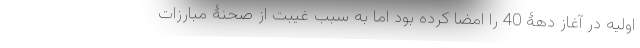
اولیه در آغاز دهۀ 40 را امضا کرده بود اما به سبب غیبت از صحنۀ مبارزات